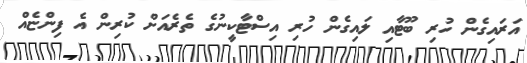
އަރައިގެން ހުރި ބޫޓާއި ލައިގެން ހުރި އިސްޓާކީނުގެ ތެރެއަށް ކުރިން އެ ފިންޏެއް